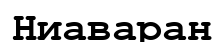
Ниаваран